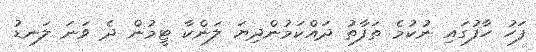
ފަހު ހާފުގައި ނުކުމެ ތަފާތު ދައްކަމުންދިޔަ ލަންކާ ޓީމުން ދެ ވަނަ ލަނޑު